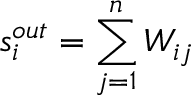
s _ { i } ^ { o u t } = \sum _ { j = 1 } ^ { n } W _ { i j }